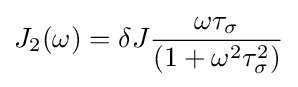
J_{2}(\omega )=\delta J{\frac {\omega \tau _{\sigma }}{(1+\omega ^{2}\tau _{\sigma }^{2})}}